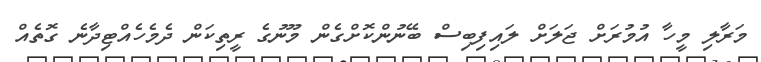
މަރާލި މީހާ އުމުރަށް ޖަލަށް ލައިފިބިސް ބޭނުންކޮށްގެން މޫނުގެ ރީތިކަން ދެމެހެއްޓިދާނެ ގޮތެއް